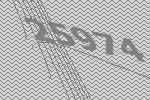
25974